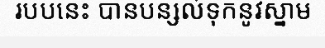
របបនេះ បានបន្សល់ទុកនូវស្នាម